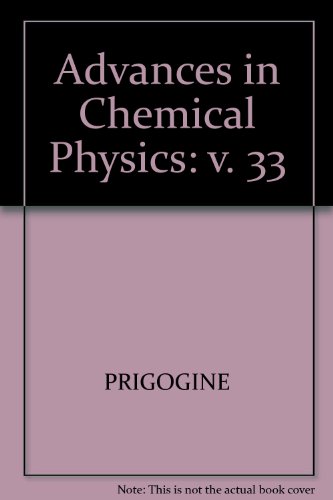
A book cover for Advances In Chemical Physics Volume 33 (v. 33); I Prigogine; Science & Math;